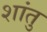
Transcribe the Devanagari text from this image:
शांतु